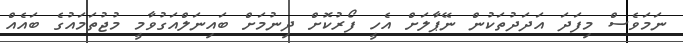
ނަމަވެސް މިފަދަ އަދަދުތަކުން ނޭޕާލަށް އެހީ ފޯރުކޮށް ދިނުމަށް ބައިނަލްއަގުވާމީ މުޖުތަމައުގެ ބައެއް